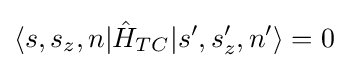
\langle s,s_{z},n|{\hat {H}}_{TC}|s',s_{z}',n'\rangle =0